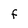
Character: F